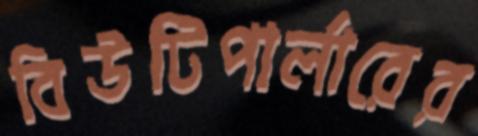
বিউটিপার্লারের